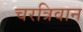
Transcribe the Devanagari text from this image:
चरत्रिवान